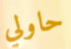
حاولي